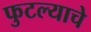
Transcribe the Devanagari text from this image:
फुटल्याचे